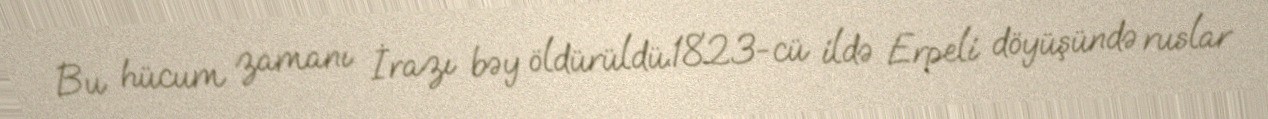
Bu hücum zamanı İrazı bəy öldürüldü.1823-cü ildə Erpeli döyüşündə ruslar